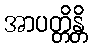
အာပတ္တိန္တိ